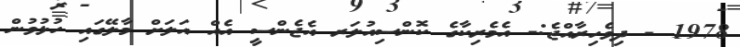
1978 - ދިވެހިރާއްޖެ:- އެމެރިކާގެ ކޮންސިއުލަރ އެޖެންސީ އެއް އަލަށް މާލޭގައި ހުޅުވުން